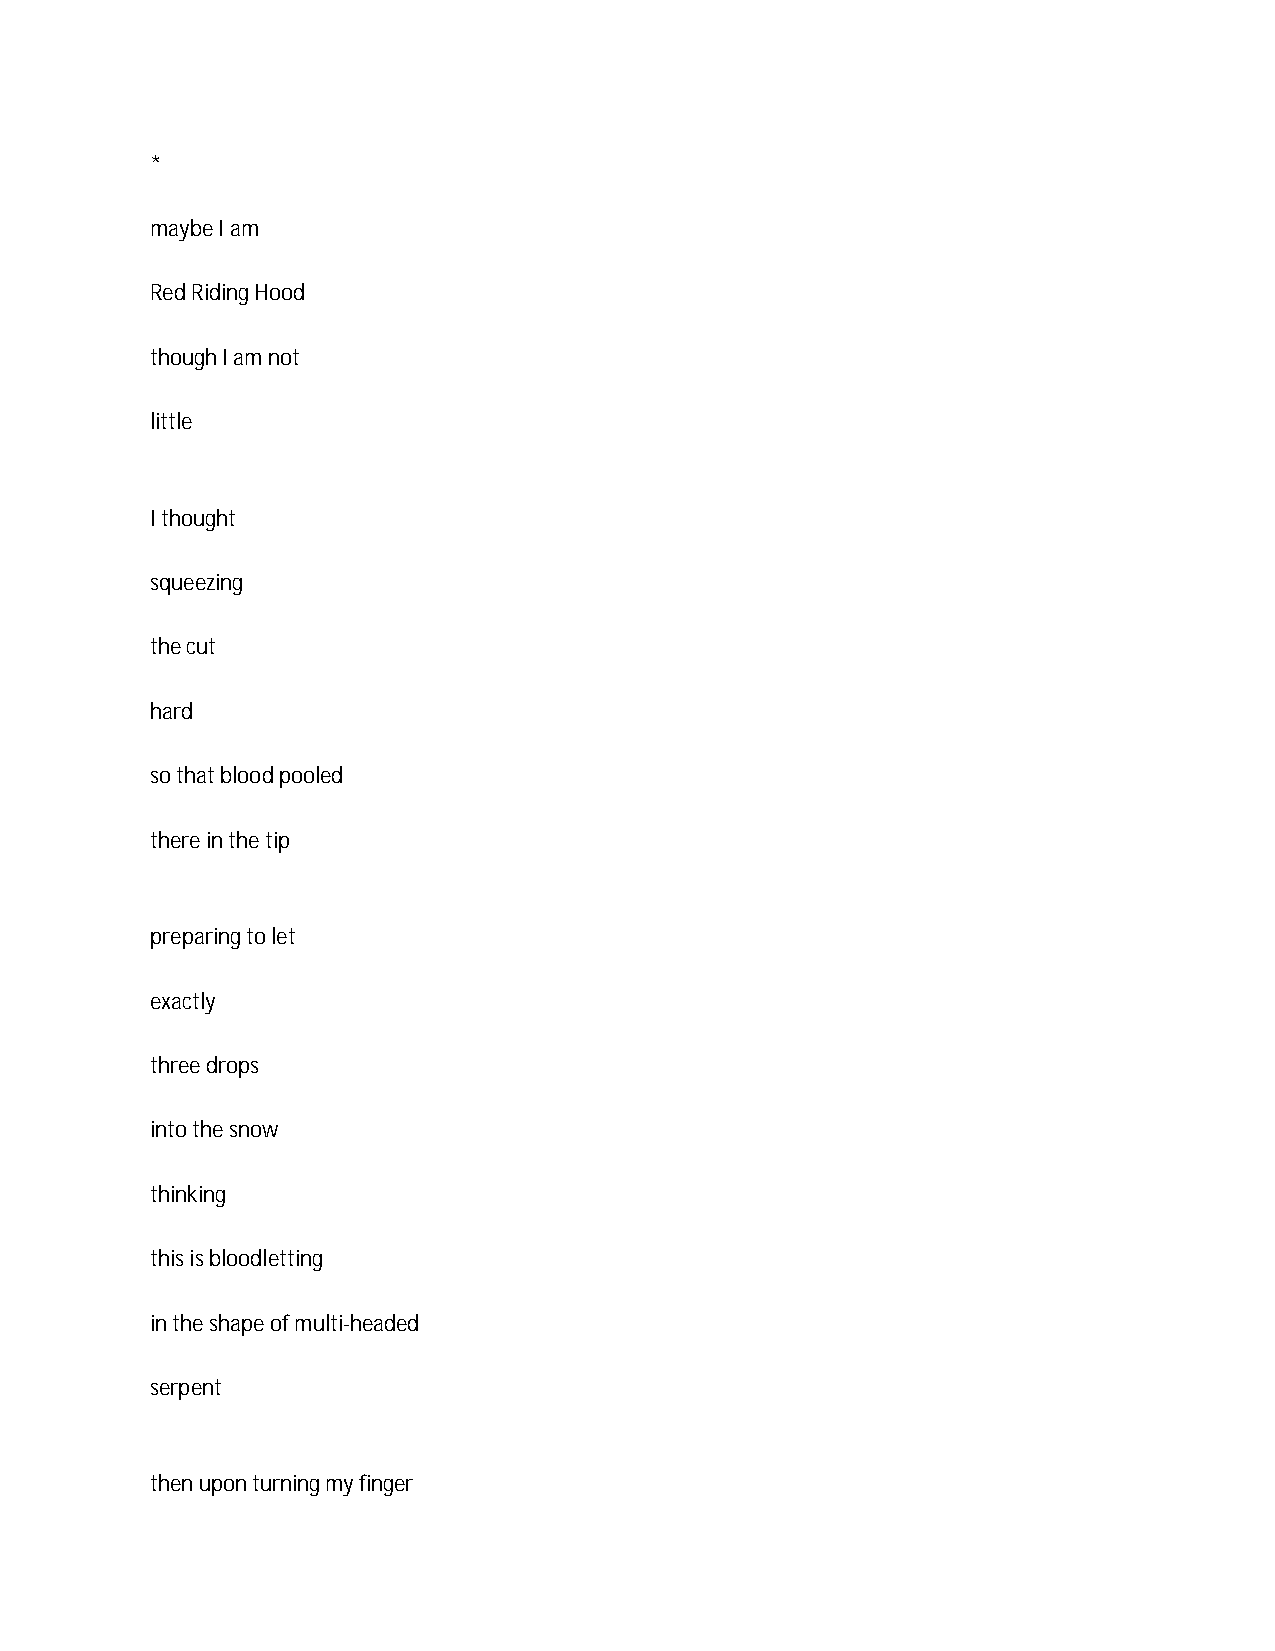
*
 maybe I am
 Red Riding Hood
 though I am not
 little
 I thought
 squeezing
 the cut
 hard
 so that blood pooled
 there in the tip
 preparing to let
 exactly
 three drops
 into the snow
 thinking
 this is bloodletting
 in the shape of multi-headed
 serpent
 then upon turning my finger